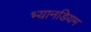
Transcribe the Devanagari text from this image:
भ्यानडियम